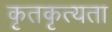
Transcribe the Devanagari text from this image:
कृतकृत्यता